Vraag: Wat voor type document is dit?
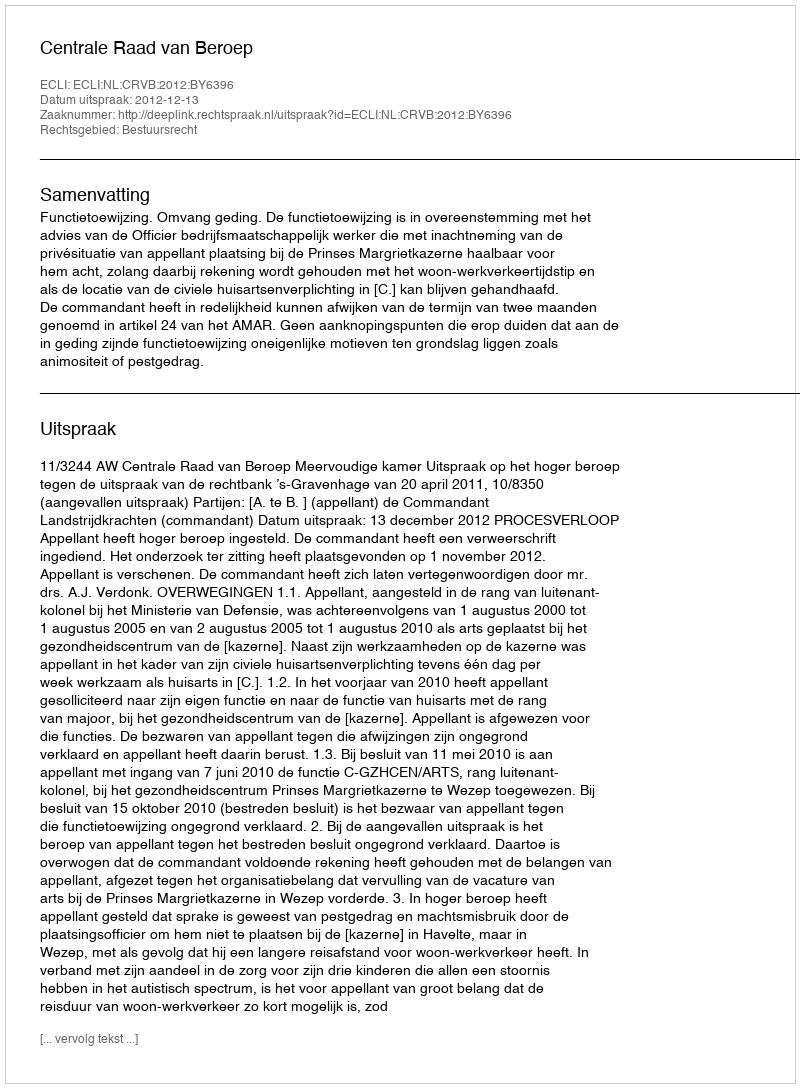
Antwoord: Uitspraak